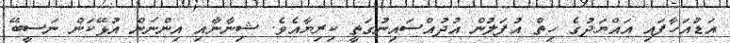
އަޑުއަހާފައި އައްޔަދުގެ ހިތް އުފަލުން އުދުއްސައިނުގަތީ ކިރިޔާއެވެ. ޝިނާނާއި އިންނަން އުޅޭކަން ނަސީބޭ